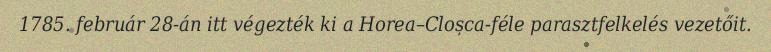
1785. február 28-án itt végezték ki a Horea–Cloșca-féle parasztfelkelés vezetőit.